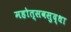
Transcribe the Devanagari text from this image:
महोत्सवसुद्धा